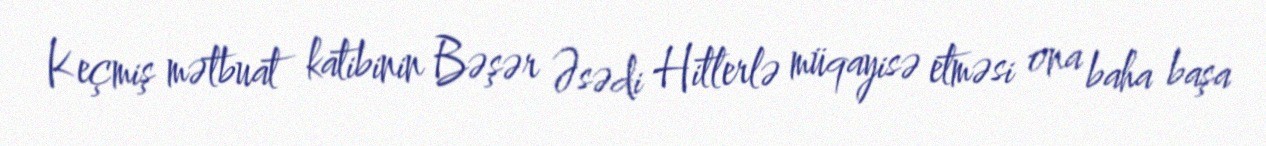
Keçmiş mətbuat katibinin Bəşər Əsədi Hitlerlə müqayisə etməsi ona baha başa